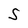
Character: S